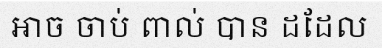
អាច ចាប់ ពាល់ បាន ដដែល